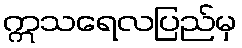
ဣသရေလပြည်မှ